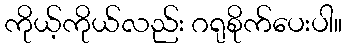
ကိုယ့်ကိုယ်လည်း ဂရုစိုက်ပေးပါ။